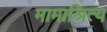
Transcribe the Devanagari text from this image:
मामाश्रित्य